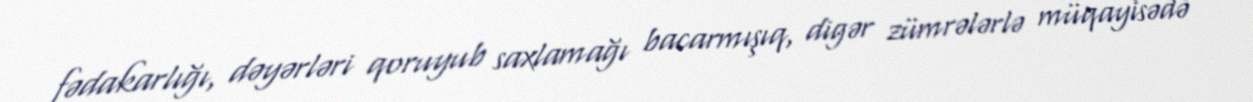
fədakarlığı, dəyərləri qoruyub saxlamağı bacarmışıq, digər zümrələrlə müqayisədə